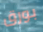
بورق